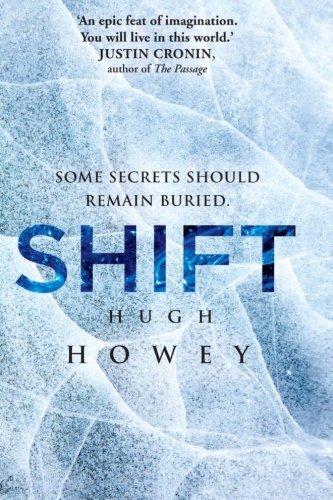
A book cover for Shift - Omnibus Edition (Silo Saga) (Volume 2); Hugh Howey; Science Fiction & Fantasy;